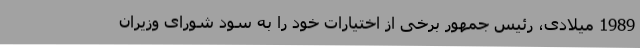
1989 میلادی، رئیس جمهور برخی از اختیارات خود را به سود شورای وزیران